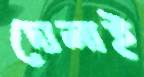
দোলাই